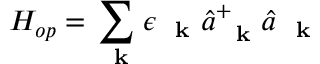
H _ { o p } = \sum _ { \mathrm { ~ \bf ~ k ~ } } \epsilon _ { \mathrm { ~ \bf ~ k ~ } } \hat { a } _ { \mathrm { ~ \bf ~ k ~ } } ^ { + } \hat { a } _ { \mathrm { ~ \bf ~ k ~ } }